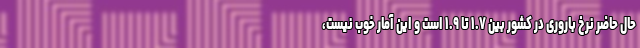
حال حاضر نرخ باروری در کشور بین ۱.۷ تا ۱.۹ است و این آمار خوب نیست،